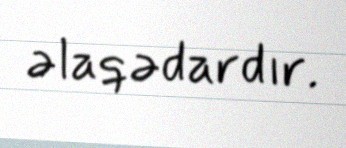
əlaqədardır.